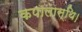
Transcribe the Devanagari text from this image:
कपालास्थि।